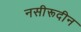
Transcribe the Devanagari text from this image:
नसीरूदीन